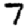
Digit: 7